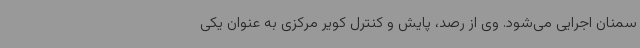
سمنان اجرایی می‌شود. وی از رصد، پایش و کنترل کویر مرکزی به عنوان یکی